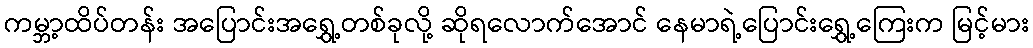
ကမ္ဘာ့ထိပ်တန်း အပြောင်းအရွှေ့တစ်ခုလို့ ဆိုရလောက်အောင် နေမာရဲ့ပြောင်းရွှေ့ကြေးက မြင့်မား